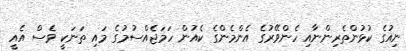
ނިއުގެ ކުޅުންތެރިންނާއި ހެންވޭރުގެ އެންމެންގެ ކެއުން ހަމަޖެއްސުމުގެ މައި ތަނަކީ ވެސް އެއީ